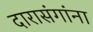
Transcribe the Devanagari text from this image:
दारासंगांना